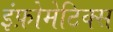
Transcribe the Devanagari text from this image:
इंफ़ोमेटिक्स